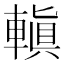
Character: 䡩